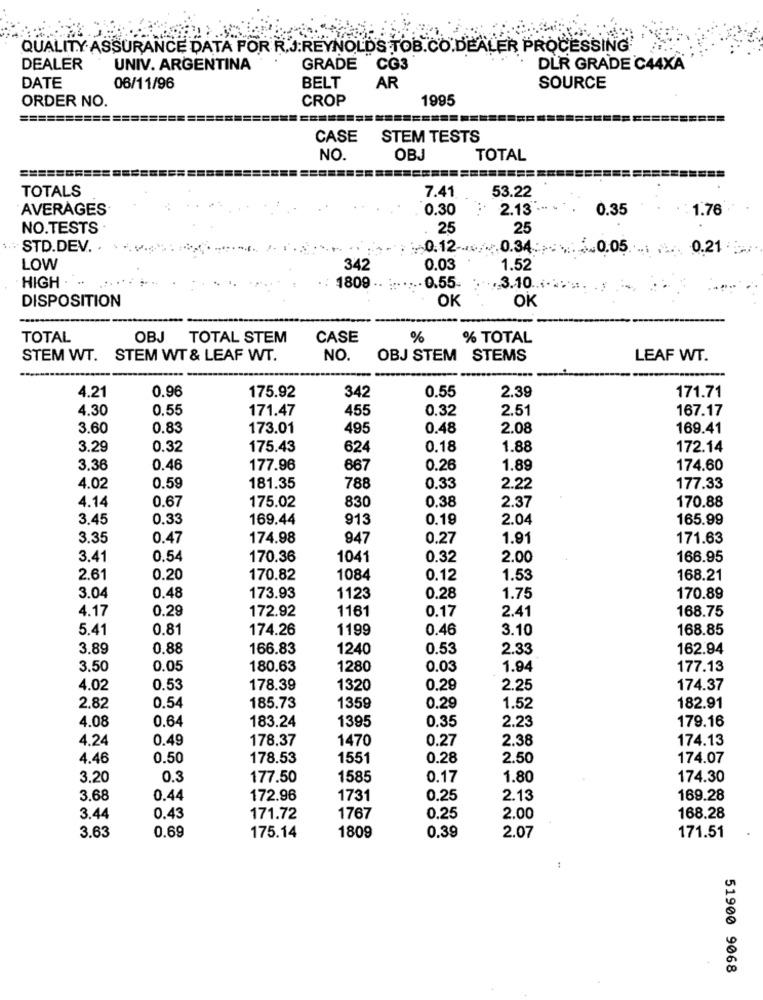
QUALITY ASSURANCE DATA FOR R.J.REYNOLDS TOB.CO.DEALER PROCESSING
GRADE
DEALER
UNIV. ARGENTINA
CG3
DLR GRADE C44XA
DATE
06/11/96
BELT
AR
SOURCE
ORDER NO.
CROP
1995
CASE
STEM TESTS
NO.
OBJ
TOTAL
====
TOTALS
7.41
53.22
AVERAGES
0.30
2.13 -
0.35
1.76
NO.TESTS
25
25
STD.DEV.
: 0.12 -....... 0.34:
0.05.
0.21
LOW
342
0.03
1.52
HIGH .
1809 ..
.. 0.55
3.10.
OK
OK
DISPOSITION
TOTAL
OBJ TOTAL STEM
CASE
%
% TOTAL
STEM WT. STEM WT & LEAF WT.
NO.
OBJ STEM STEMS
LEAF WT.
4.21
0.96
175.92
0.55
2.39
171.71
342
4.30
0.55
171.47
455
0.32
2.51
167.17
3.60
0.83
173.01
495
0.48
2.08
169.41
3.29
0.32
175.43
624
0.18
1.88
172.14
3.36
0.46
177.96
667
0.26
1.89
174.60
4.02
0.59
181.35
788
0.33
2.22
177.33
4.14
0.67
175.02
830
0,38
170.88
2.37
3.45
0.33
169.44
913
0.19
2.04
165.99
3.35
0.47
174.98
947
0.27
1.91
171.63
3.41
0.54
170.36
1041
0.32
2.00
166.95
2.61
0.20
170.82
1084
0.12
1.53
168.21
3.04
0.48
173.93
1123
0.28
1.75
170.89
4.17
0.29
172.92
1161
0.17
2.41
168.75
5.41
0.81
174.26
1199
0.46
3.10
168.85
3.89
0.88
166.83
1240
0.53
2.33
162.94
3.50
0.05
180.63
1280
0.03
1.94
177.13
4.02
0.53
178.39
1320
0.29
2.25
174.37
2.82
0.54
185.73
1359
0.29
1.52
182.91
4.08
0.64
183.24
1395
0.35
179.16
2.23
4.24
0.49
178.37
1470
0.27
2.38
174.13
4.46
0.50
178.53
1551
0.28
2.50
174.07
3.20
0.3
177.50
1585
0.17
1.80
174.30
3.68
0.44
172.96
1731
0.25
2.13
169.28
3.44
0.43
171.72
1767
0.25
2.00
168.28
0.39
3.63
0.69
175.14
1809
2.07
171.51
51900 9068